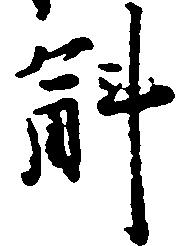
斛